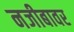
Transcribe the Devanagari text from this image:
नजीबावर